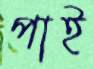
পাই